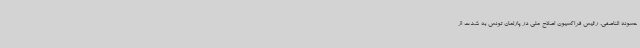
حسونه الناصفی، رئیس فراکسیون اصلاح ملی در پارلمان تونس به شدت از